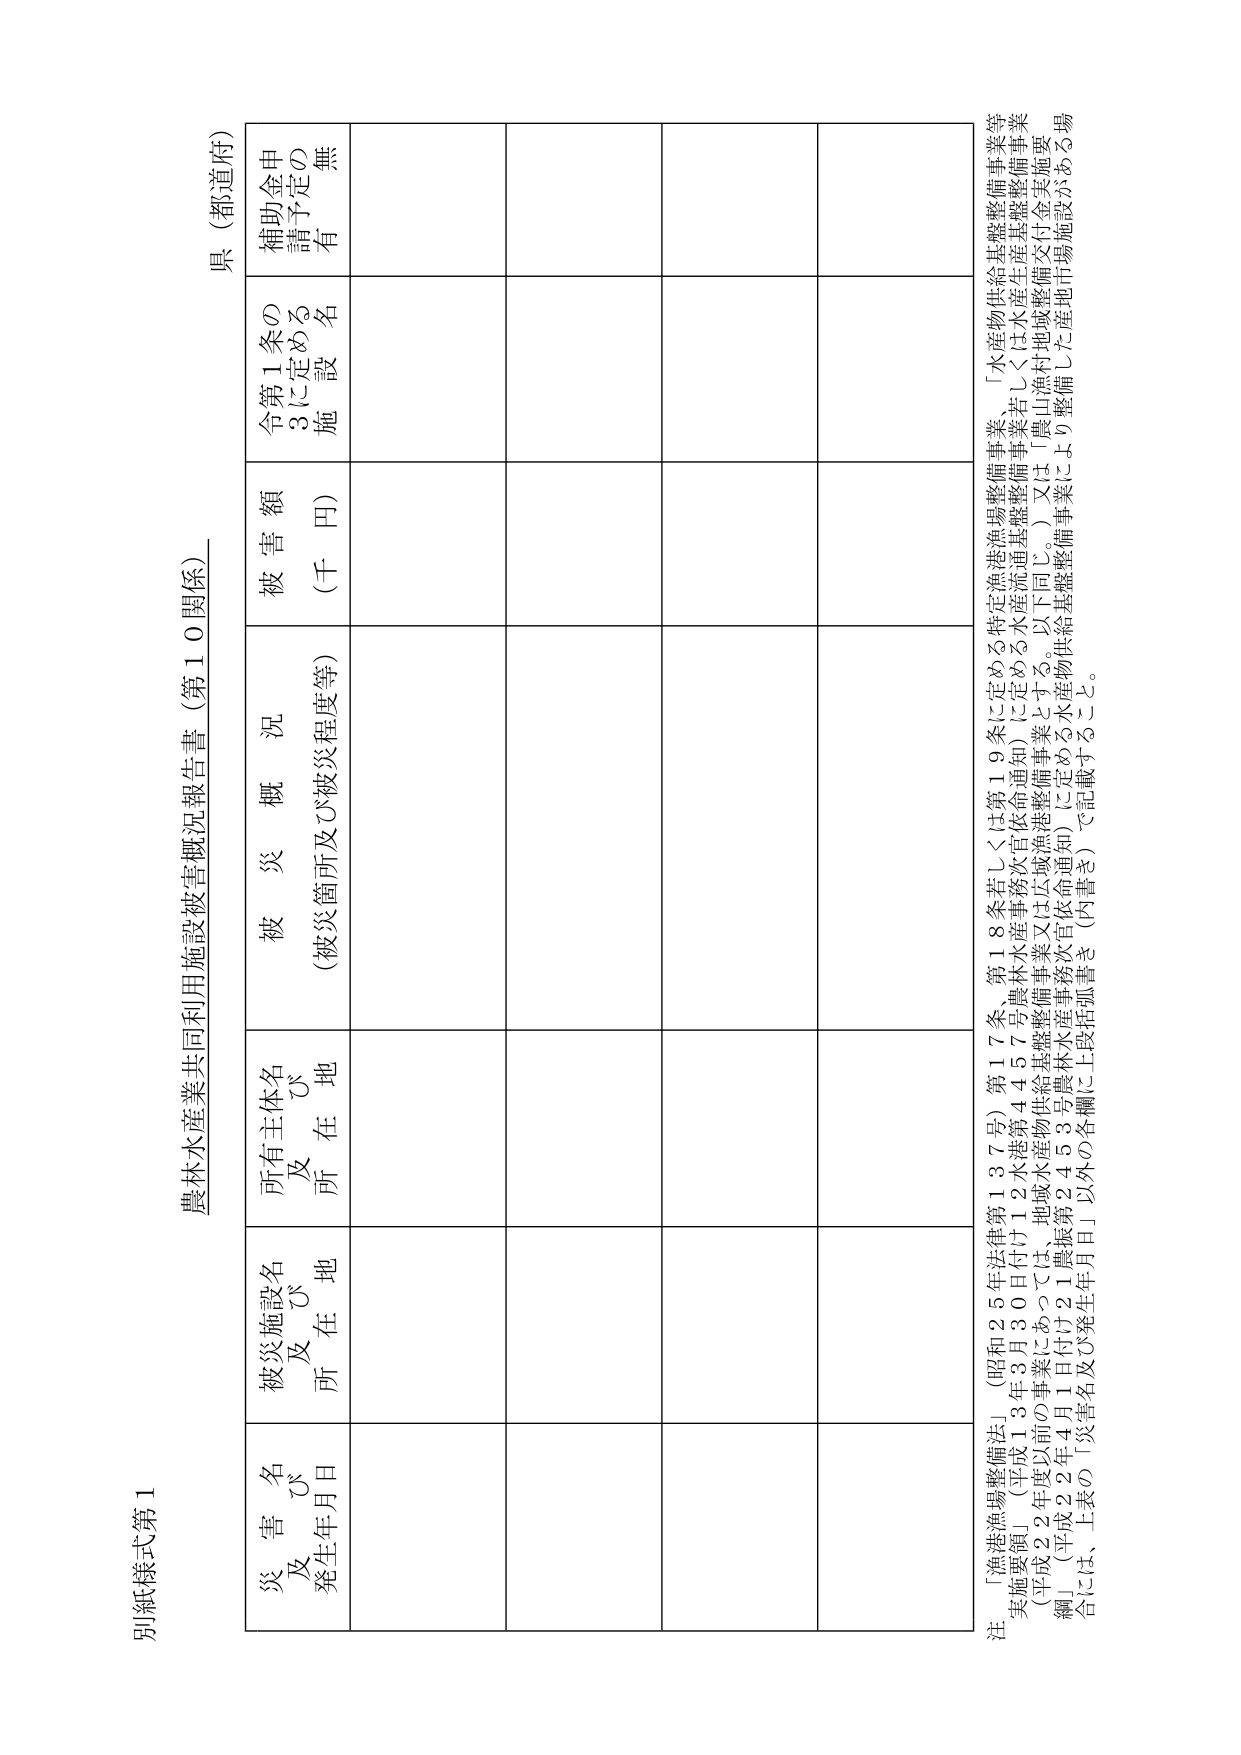
別紙様式第1
農林水産業共同利用施設被害概況報告書（第10関係）
県（都道府）

災害名
及び
発生年月日

被災施設名
及び
所在地

所有主体名
及び
所在地

被災概況
（被災箇所及び被災程度等）

被害額
（千円）

令第1条の3に定める
施設名

補助金申請予定の有無

注：「漁港漁場整備法」（昭和25年法律第137号）第17条、第18条若しくは第19条に定める特定漁港漁場整備事業、「水産物供給基盤整備事業等実施要領」（平成13年3月30日付け12水港第4457号農林水産事務次官依命通知）に定める水産流通基盤整備事業若しくは水産生産基盤整備事業（平成22年度以前の事業にあっては、地域水産物供給基盤整備事業又は広域漁港整備事業とする。以下同じ。）又は「農山漁村地域整備交付金実施要綱」（平成22年4月1日付け21農振第2453号農林水産事務次官依命通知）に定める水産物供給基盤整備事業により整備した産地市場施設がある場合には、上表の「災害名及び発生年月日」以外の各欄に上段括弧書き（内書き）で記載すること。